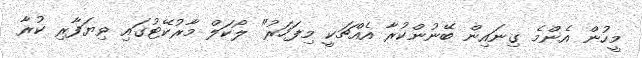
މީހުން އެންމެ ގިނައިން ބޭނުންކުރާ އެއްޗަކީ މިފަހަރު" ލޯކަލް މާރުކޭޓުގައި ވިޔަފާރި ކުރާ